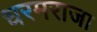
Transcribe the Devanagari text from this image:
धरमराजा